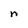
Character: n